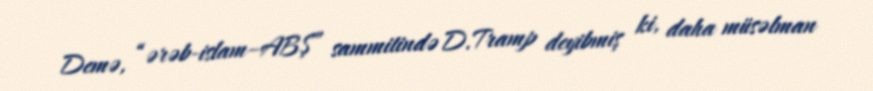
Demə, “ərəb-islam–ABŞ” sammitində D.Tramp deyibmiş ki, daha müsəlman